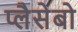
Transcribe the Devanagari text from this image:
प्लैसेबो